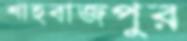
শাহবাজপুর